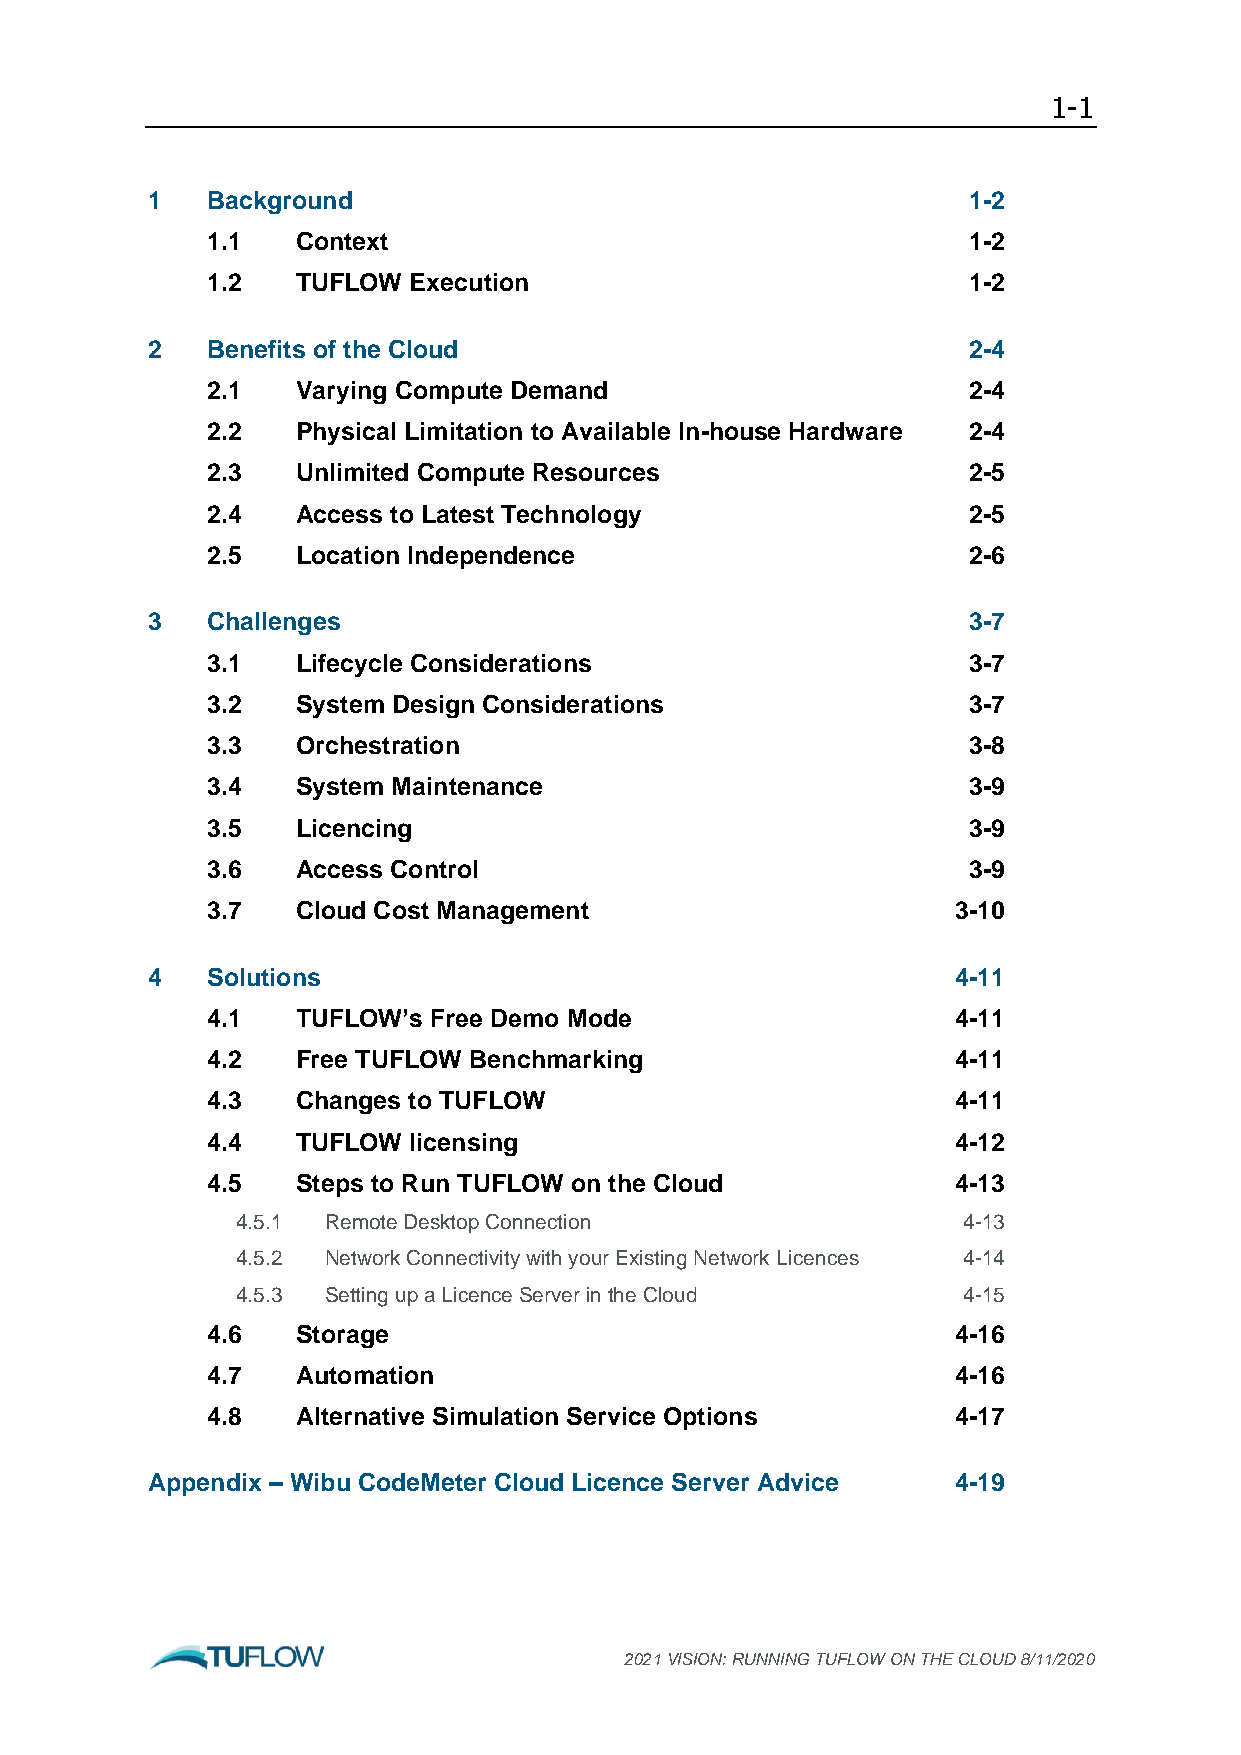
1-1
 1   Background                                        1-2
 1.1   Context                                     1-2
 1.2   TUFLOW Execution                            1-2
 2   Benefits of the Cloud                             2-4
 2.1   Varying Compute Demand                      2-4
 2.2   Physical Limitation to Available In-house Hardware 2-4
 2.3   Unlimited Compute Resources                 2-5
 2.4   Access to Latest Technology                 2-5
 2.5   Location Independence                       2-6
 3   Challenges                                        3-7
 3.1   Lifecycle Considerations                    3-7
 3.2   System Design Considerations                3-7
 3.3   Orchestration                               3-8
 3.4   System Maintenance                          3-9
 3.5   Licencing                                   3-9
 3.6   Access Control                              3-9
 3.7   Cloud Cost Management                      3-10
 4   Solutions                                        4-11
 4.1   TUFLOW’s Free Demo Mode                    4-11
 4.2   Free TUFLOW Benchmarking                   4-11
 4.3   Changes to TUFLOW                          4-11
 4.4   TUFLOW licensing                           4-12
 4.5   Steps to Run TUFLOW on the Cloud           4-13
 4.5.1 Remote Desktop Connection                 4-13
 4.5.2 Network Connectivity with your Existing Network Licences 4-14
 4.5.3 Setting up a Licence Server in the Cloud  4-15
 4.6   Storage                                    4-16
 4.7   Automation                                 4-16
 4.8   Alternative Simulation Service Options     4-17
 Appendix – Wibu CodeMeter Cloud Licence Server Advice 4-19
 2021 VISION: RUNNING TUFLOW ON THE CLOUD 8/11/2020